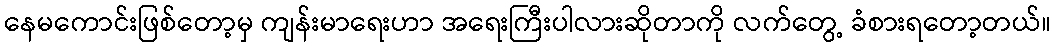
နေမကောင်းဖြစ်တော့မှ ကျန်းမာရေးဟာ အရေးကြီးပါလားဆိုတာကို လက်တွေ့ ခံစားရတော့တယ်။